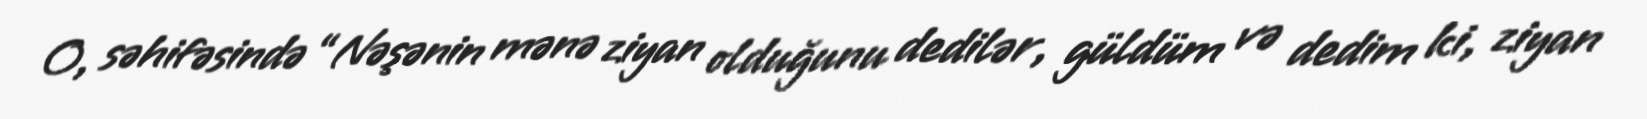
O, səhifəsində “Nəşənin mənə ziyan olduğunu dedilər, güldüm və dedim ki, ziyan